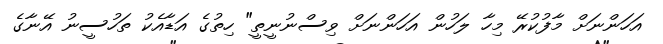
އަހަންނަށް މާފުކުރޭ މިހާ ލަހުން އަހަންނަށް ވިސްނުނީތީ" ހިތުގެ އަޑާއެކު ތަހުސީނު އޭނާގެ